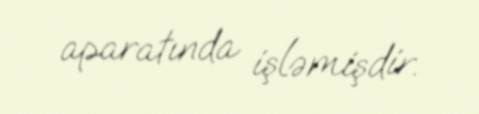
aparatında işləmişdir.